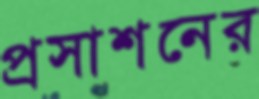
প্রসাশনের